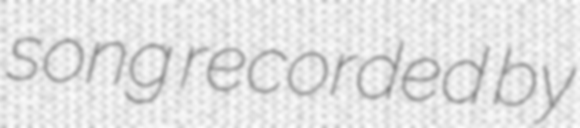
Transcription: song recorded by